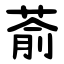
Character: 萮